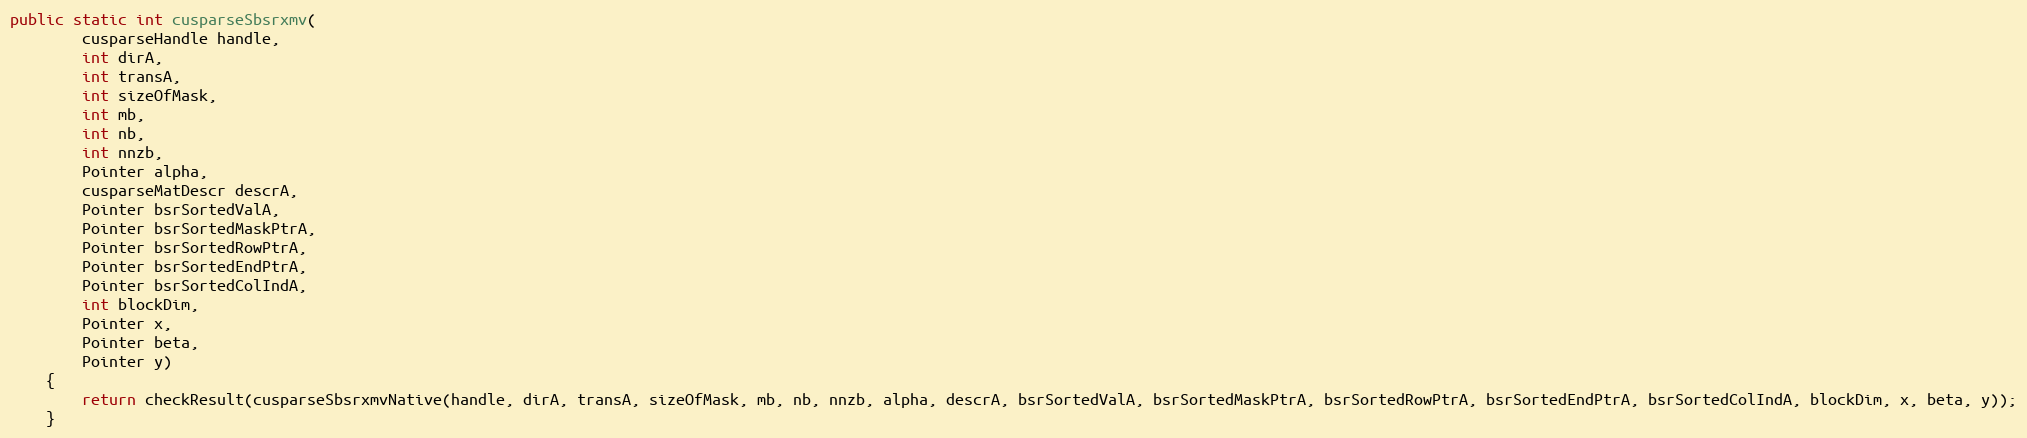
Language: Java
public static int cusparseSbsrxmv(
        cusparseHandle handle,
        int dirA,
        int transA,
        int sizeOfMask,
        int mb,
        int nb,
        int nnzb,
        Pointer alpha,
        cusparseMatDescr descrA,
        Pointer bsrSortedValA,
        Pointer bsrSortedMaskPtrA,
        Pointer bsrSortedRowPtrA,
        Pointer bsrSortedEndPtrA,
        Pointer bsrSortedColIndA,
        int blockDim,
        Pointer x,
        Pointer beta,
        Pointer y)
    {
        return checkResult(cusparseSbsrxmvNative(handle, dirA, transA, sizeOfMask, mb, nb, nnzb, alpha, descrA, bsrSortedValA, bsrSortedMaskPtrA, bsrSortedRowPtrA, bsrSortedEndPtrA, bsrSortedColIndA, blockDim, x, beta, y));
    }